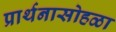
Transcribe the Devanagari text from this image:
प्रार्थनासोहळा